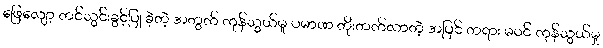
ဖြေလျော့ တင်သွင်းခွင့်ပြု ခဲ့တဲ့ အတွက် ကုန်သွယ်မှု ပမာဏ တိုးတက်လာတဲ့ အပြင် တရား မဝင် ကုန်သွယ်မှု